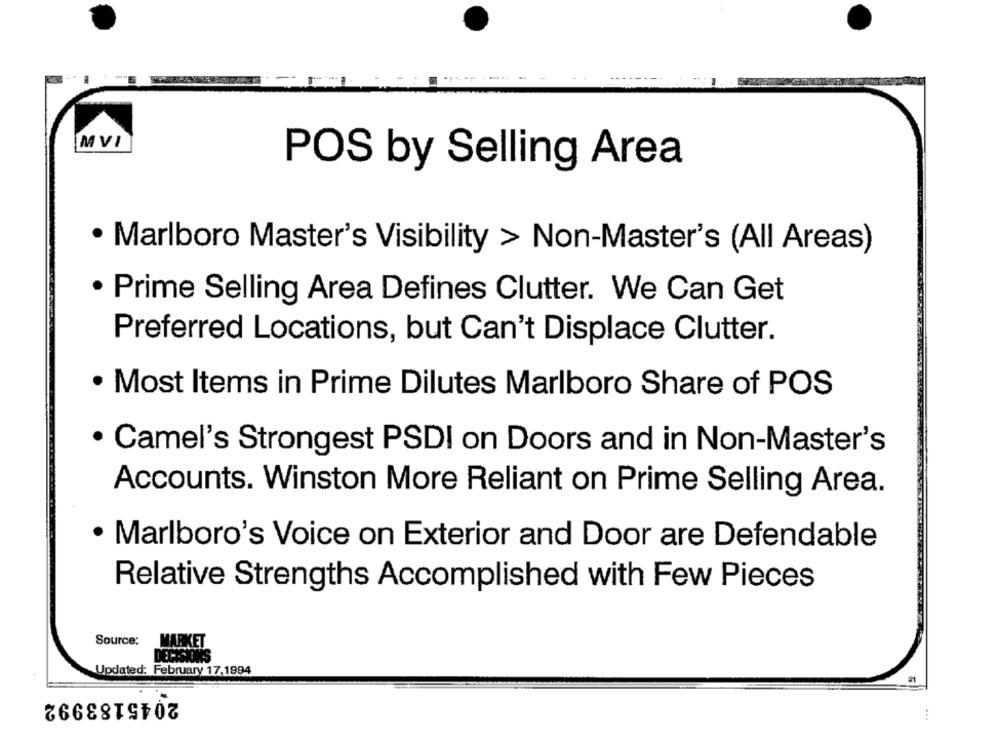
MVI
POS by Selling Area
· Marlboro Master's Visibility > Non-Master's (All Areas)
· Prime Selling Area Defines Clutter. We Can Get
Preferred Locations, but Can't Displace Clutter.
· Most Items in Prime Dilutes Marlboro Share of POS
· Camel's Strongest PSDI on Doors and in Non-Master's
Accounts. Winston More Reliant on Prime Selling Area.
· Marlboro's Voice on Exterior and Door are Defendable
Relative Strengths Accomplished with Few Pieces
Source:
MARKET
Updated: February 17.1994
2045183992